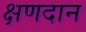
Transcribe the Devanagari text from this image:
क्षणदान